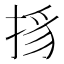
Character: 𢭺